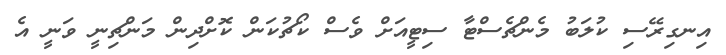
އިނގިރޭސި ކުލަބު މެންޗެސްޓާ ސިޓީއަށް ވެސް ކޯޗުކަން ކޮށްދިން މަންޗިނީ ވަނީ އެ